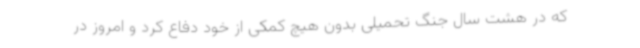
که در هشت سال جنگ تحمیلی بدون هیچ کمکی از خود دفاع کرد و امروز در